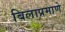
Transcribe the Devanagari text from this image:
बिलाप्रमाणे